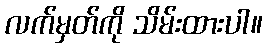
လက်မှတ်ကို သိမ်းထားပါ။